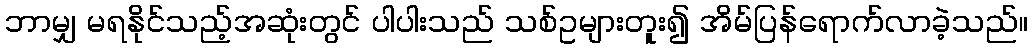
ဘာမျှ မရနိုင်သည့်အဆုံးတွင် ပါပါးသည် သစ်ဥများတူး၍ အိမ်ပြန်ရောက်လာခဲ့သည်။